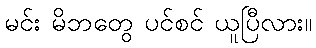
မင်း မိဘတွေ ပင်စင် ယူပြီလား။